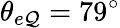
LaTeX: \theta_{e\mathcal{Q}}=79^{\circ}